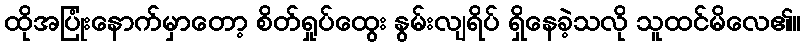
ထိုအပြုံးနောက်မှာတော့ စိတ်ရှုပ်ထွေး နွမ်းလျရိပ် ရှိနေခဲ့သလို သူထင်မိလေ၏။